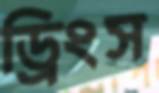
ড্রিংস